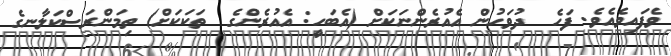
ވެފައިވެއެވެ. ފަހެ  ދުވަހުން އެއުރެންނަކަށް (އެބަހީ: އެއުރެންގެ  ތަކަކަށް) ތިމަންރަސްކަލާނގެ